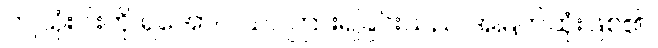
ဤသုံးပါးကို ရအောင် သင်ကြားရခြင်းသည် အမြတ်ဆုံးဖြစ်၏။